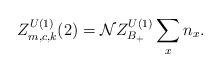
LaTeX: \begin{align*}Z_{m,c,k}^{U(1)}(2)={\cal N} Z_{B_+}^{U(1)} \sum_x n_x.\end{align*}